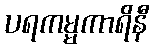
ပရကမ္မကာရိနီ